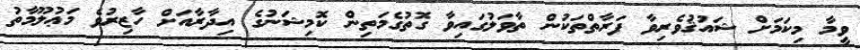
ވީމާ މިކަމަށް ޝައުޤުވެރިވާ ފަރާތްތަކުން ތާވަލުގައިވާ ގޮތުގެމަތިން ކޮމިޝަނުގެ އިދާރާއަށް ހާޒިރުވެ މަޢުލޫމާތު